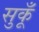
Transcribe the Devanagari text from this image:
सुकूँ